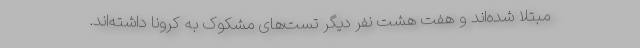
مبتلا شده‌اند و هفت هشت نفر دیگر تست‌های مشکوک به کرونا داشته‌اند.